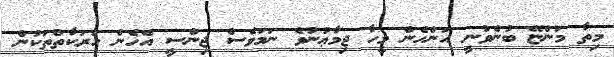
މިތާ މަންޏޭ ބުނެވުނީ އަންހެން މީހާ ޖިމާޢުނުވެ ނަމަވެސް ޖިންސީ އެހެން ހަރަކާތްތަކުން